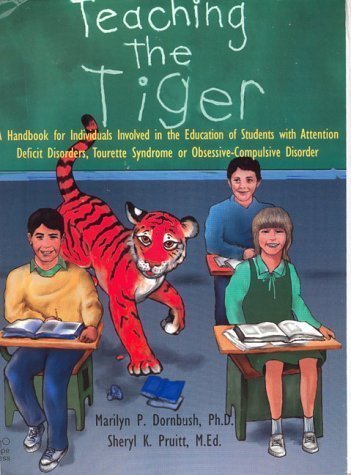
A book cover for Teaching the Tiger A Handbook for Individuals Involved in the Education of Students with Attention Deficit Disorders, Tourette Syndrome or Obsessive-Compulsive Disorder by Dornbush, Marilyn P., Ph.D., Pruitt, Sheryl K. (1995) Plastic Comb; Health, Fitness & Dieting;